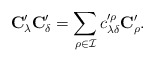
\begin{align*}\mathbf{C}'_\lambda\mathbf{C}'_\delta=\sum_{\rho\in \mathcal{I}}c'^\rho_{\lambda\delta}\mathbf{C}'_\rho.\end{align*}